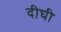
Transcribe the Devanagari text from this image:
दीघी